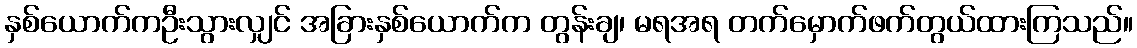
နှစ်ယောက်ကဦးသွားလျှင် အခြားနှစ်ယောက်က တွန်းချ၊ မရအရ တက်မှောက်ဖက်တွယ်ထားကြသည်။